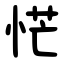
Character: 恾